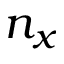
n _ { x }